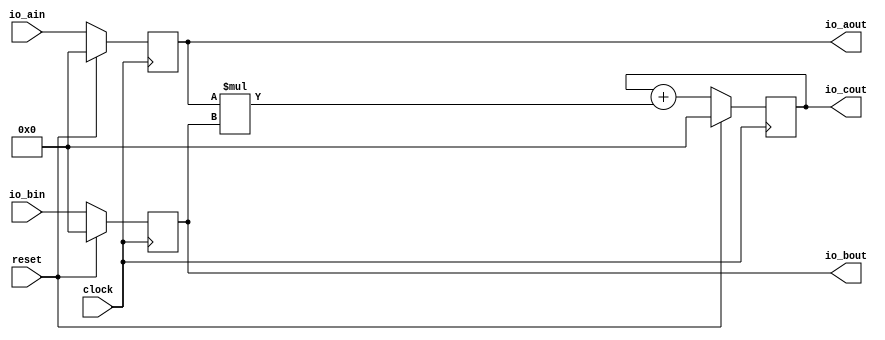
module SystolicArrayCore(
  input         clock,
  input         reset,
  input  [31:0] io_ain,
  input  [31:0] io_bin,
  output [31:0] io_aout,
  output [31:0] io_bout,
  output [31:0] io_cout
);
`ifdef RANDOMIZE_REG_INIT
  reg [31:0] _RAND_0;
  reg [31:0] _RAND_1;
  reg [31:0] _RAND_2;
`endif // RANDOMIZE_REG_INIT
  reg [31:0] regA; // @[systolic_array_core.scala 13:27]
  reg [31:0] regB; // @[systolic_array_core.scala 14:27]
  reg [31:0] regC; // @[systolic_array_core.scala 15:27]
  wire [63:0] _T = $signed(regA) * $signed(regB); // @[systolic_array_core.scala 21:30]
  wire [31:0] nodeAfterMul = _T[31:0]; // @[systolic_array_core.scala 20:32 systolic_array_core.scala 21:22]
  wire [31:0] nodeAfterPlus = $signed(regC) + $signed(nodeAfterMul); // @[systolic_array_core.scala 23:31]
  assign io_aout = regA; // @[systolic_array_core.scala 18:17]
  assign io_bout = regB; // @[systolic_array_core.scala 19:17]
  assign io_cout = regC; // @[systolic_array_core.scala 25:17]
`ifdef RANDOMIZE_GARBAGE_ASSIGN
`define RANDOMIZE
`endif
`ifdef RANDOMIZE_INVALID_ASSIGN
`define RANDOMIZE
`endif
`ifdef RANDOMIZE_REG_INIT
`define RANDOMIZE
`endif
`ifdef RANDOMIZE_MEM_INIT
`define RANDOMIZE
`endif
`ifndef RANDOM
`define RANDOM $random
`endif
`ifdef RANDOMIZE_MEM_INIT
  integer initvar;
`endif
`ifndef SYNTHESIS
`ifdef FIRRTL_BEFORE_INITIAL
`FIRRTL_BEFORE_INITIAL
`endif
initial begin
  `ifdef RANDOMIZE
    `ifdef INIT_RANDOM
      `INIT_RANDOM
    `endif
    `ifndef VERILATOR
      `ifdef RANDOMIZE_DELAY
        #`RANDOMIZE_DELAY begin end
      `else
        #0.002 begin end
      `endif
    `endif
`ifdef RANDOMIZE_REG_INIT
  _RAND_0 = {1{`RANDOM}};
  regA = _RAND_0[31:0];
  _RAND_1 = {1{`RANDOM}};
  regB = _RAND_1[31:0];
  _RAND_2 = {1{`RANDOM}};
  regC = _RAND_2[31:0];
`endif // RANDOMIZE_REG_INIT
  `endif // RANDOMIZE
end // initial
`ifdef FIRRTL_AFTER_INITIAL
`FIRRTL_AFTER_INITIAL
`endif
`endif // SYNTHESIS
  always @(posedge clock) begin
    if (reset) begin
      regA <= 32'sh0;
    end else begin
      regA <= io_ain;
    end
    if (reset) begin
      regB <= 32'sh0;
    end else begin
      regB <= io_bin;
    end
    if (reset) begin
      regC <= 32'sh0;
    end else begin
      regC <= nodeAfterPlus;
    end
  end
endmodule
module SystolicArray(
  input         clock,
  input         reset,
  input  [31:0] io_ain_0,
  input  [31:0] io_ain_1,
  input  [31:0] io_bin_0,
  input  [31:0] io_bin_1,
  input  [31:0] io_bin_2,
  output [31:0] io_cout_0_0,
  output [31:0] io_cout_0_1,
  output [31:0] io_cout_0_2,
  output [31:0] io_cout_1_0,
  output [31:0] io_cout_1_1,
  output [31:0] io_cout_1_2
);
  wire  SystolicArrayCore_clock; // @[systolic_array.scala 11:51]
  wire  SystolicArrayCore_reset; // @[systolic_array.scala 11:51]
  wire [31:0] SystolicArrayCore_io_ain; // @[systolic_array.scala 11:51]
  wire [31:0] SystolicArrayCore_io_bin; // @[systolic_array.scala 11:51]
  wire [31:0] SystolicArrayCore_io_aout; // @[systolic_array.scala 11:51]
  wire [31:0] SystolicArrayCore_io_bout; // @[systolic_array.scala 11:51]
  wire [31:0] SystolicArrayCore_io_cout; // @[systolic_array.scala 11:51]
  wire  SystolicArrayCore_1_clock; // @[systolic_array.scala 11:51]
  wire  SystolicArrayCore_1_reset; // @[systolic_array.scala 11:51]
  wire [31:0] SystolicArrayCore_1_io_ain; // @[systolic_array.scala 11:51]
  wire [31:0] SystolicArrayCore_1_io_bin; // @[systolic_array.scala 11:51]
  wire [31:0] SystolicArrayCore_1_io_aout; // @[systolic_array.scala 11:51]
  wire [31:0] SystolicArrayCore_1_io_bout; // @[systolic_array.scala 11:51]
  wire [31:0] SystolicArrayCore_1_io_cout; // @[systolic_array.scala 11:51]
  wire  SystolicArrayCore_2_clock; // @[systolic_array.scala 11:51]
  wire  SystolicArrayCore_2_reset; // @[systolic_array.scala 11:51]
  wire [31:0] SystolicArrayCore_2_io_ain; // @[systolic_array.scala 11:51]
  wire [31:0] SystolicArrayCore_2_io_bin; // @[systolic_array.scala 11:51]
  wire [31:0] SystolicArrayCore_2_io_aout; // @[systolic_array.scala 11:51]
  wire [31:0] SystolicArrayCore_2_io_bout; // @[systolic_array.scala 11:51]
  wire [31:0] SystolicArrayCore_2_io_cout; // @[systolic_array.scala 11:51]
  wire  SystolicArrayCore_3_clock; // @[systolic_array.scala 11:51]
  wire  SystolicArrayCore_3_reset; // @[systolic_array.scala 11:51]
  wire [31:0] SystolicArrayCore_3_io_ain; // @[systolic_array.scala 11:51]
  wire [31:0] SystolicArrayCore_3_io_bin; // @[systolic_array.scala 11:51]
  wire [31:0] SystolicArrayCore_3_io_aout; // @[systolic_array.scala 11:51]
  wire [31:0] SystolicArrayCore_3_io_bout; // @[systolic_array.scala 11:51]
  wire [31:0] SystolicArrayCore_3_io_cout; // @[systolic_array.scala 11:51]
  wire  SystolicArrayCore_4_clock; // @[systolic_array.scala 11:51]
  wire  SystolicArrayCore_4_reset; // @[systolic_array.scala 11:51]
  wire [31:0] SystolicArrayCore_4_io_ain; // @[systolic_array.scala 11:51]
  wire [31:0] SystolicArrayCore_4_io_bin; // @[systolic_array.scala 11:51]
  wire [31:0] SystolicArrayCore_4_io_aout; // @[systolic_array.scala 11:51]
  wire [31:0] SystolicArrayCore_4_io_bout; // @[systolic_array.scala 11:51]
  wire [31:0] SystolicArrayCore_4_io_cout; // @[systolic_array.scala 11:51]
  wire  SystolicArrayCore_5_clock; // @[systolic_array.scala 11:51]
  wire  SystolicArrayCore_5_reset; // @[systolic_array.scala 11:51]
  wire [31:0] SystolicArrayCore_5_io_ain; // @[systolic_array.scala 11:51]
  wire [31:0] SystolicArrayCore_5_io_bin; // @[systolic_array.scala 11:51]
  wire [31:0] SystolicArrayCore_5_io_aout; // @[systolic_array.scala 11:51]
  wire [31:0] SystolicArrayCore_5_io_bout; // @[systolic_array.scala 11:51]
  wire [31:0] SystolicArrayCore_5_io_cout; // @[systolic_array.scala 11:51]
  SystolicArrayCore SystolicArrayCore ( // @[systolic_array.scala 11:51]
    .clock(SystolicArrayCore_clock),
    .reset(SystolicArrayCore_reset),
    .io_ain(SystolicArrayCore_io_ain),
    .io_bin(SystolicArrayCore_io_bin),
    .io_aout(SystolicArrayCore_io_aout),
    .io_bout(SystolicArrayCore_io_bout),
    .io_cout(SystolicArrayCore_io_cout)
  );
  SystolicArrayCore SystolicArrayCore_1 ( // @[systolic_array.scala 11:51]
    .clock(SystolicArrayCore_1_clock),
    .reset(SystolicArrayCore_1_reset),
    .io_ain(SystolicArrayCore_1_io_ain),
    .io_bin(SystolicArrayCore_1_io_bin),
    .io_aout(SystolicArrayCore_1_io_aout),
    .io_bout(SystolicArrayCore_1_io_bout),
    .io_cout(SystolicArrayCore_1_io_cout)
  );
  SystolicArrayCore SystolicArrayCore_2 ( // @[systolic_array.scala 11:51]
    .clock(SystolicArrayCore_2_clock),
    .reset(SystolicArrayCore_2_reset),
    .io_ain(SystolicArrayCore_2_io_ain),
    .io_bin(SystolicArrayCore_2_io_bin),
    .io_aout(SystolicArrayCore_2_io_aout),
    .io_bout(SystolicArrayCore_2_io_bout),
    .io_cout(SystolicArrayCore_2_io_cout)
  );
  SystolicArrayCore SystolicArrayCore_3 ( // @[systolic_array.scala 11:51]
    .clock(SystolicArrayCore_3_clock),
    .reset(SystolicArrayCore_3_reset),
    .io_ain(SystolicArrayCore_3_io_ain),
    .io_bin(SystolicArrayCore_3_io_bin),
    .io_aout(SystolicArrayCore_3_io_aout),
    .io_bout(SystolicArrayCore_3_io_bout),
    .io_cout(SystolicArrayCore_3_io_cout)
  );
  SystolicArrayCore SystolicArrayCore_4 ( // @[systolic_array.scala 11:51]
    .clock(SystolicArrayCore_4_clock),
    .reset(SystolicArrayCore_4_reset),
    .io_ain(SystolicArrayCore_4_io_ain),
    .io_bin(SystolicArrayCore_4_io_bin),
    .io_aout(SystolicArrayCore_4_io_aout),
    .io_bout(SystolicArrayCore_4_io_bout),
    .io_cout(SystolicArrayCore_4_io_cout)
  );
  SystolicArrayCore SystolicArrayCore_5 ( // @[systolic_array.scala 11:51]
    .clock(SystolicArrayCore_5_clock),
    .reset(SystolicArrayCore_5_reset),
    .io_ain(SystolicArrayCore_5_io_ain),
    .io_bin(SystolicArrayCore_5_io_bin),
    .io_aout(SystolicArrayCore_5_io_aout),
    .io_bout(SystolicArrayCore_5_io_bout),
    .io_cout(SystolicArrayCore_5_io_cout)
  );
  assign io_cout_0_0 = SystolicArrayCore_io_cout; // @[systolic_array.scala 14:39]
  assign io_cout_0_1 = SystolicArrayCore_1_io_cout; // @[systolic_array.scala 14:39]
  assign io_cout_0_2 = SystolicArrayCore_2_io_cout; // @[systolic_array.scala 14:39]
  assign io_cout_1_0 = SystolicArrayCore_3_io_cout; // @[systolic_array.scala 14:39]
  assign io_cout_1_1 = SystolicArrayCore_4_io_cout; // @[systolic_array.scala 14:39]
  assign io_cout_1_2 = SystolicArrayCore_5_io_cout; // @[systolic_array.scala 14:39]
  assign SystolicArrayCore_clock = clock;
  assign SystolicArrayCore_reset = reset;
  assign SystolicArrayCore_io_ain = io_ain_0; // @[systolic_array.scala 11:28]
  assign SystolicArrayCore_io_bin = io_bin_0; // @[systolic_array.scala 11:28]
  assign SystolicArrayCore_1_clock = clock;
  assign SystolicArrayCore_1_reset = reset;
  assign SystolicArrayCore_1_io_ain = SystolicArrayCore_io_aout; // @[systolic_array.scala 11:28]
  assign SystolicArrayCore_1_io_bin = io_bin_1; // @[systolic_array.scala 11:28]
  assign SystolicArrayCore_2_clock = clock;
  assign SystolicArrayCore_2_reset = reset;
  assign SystolicArrayCore_2_io_ain = SystolicArrayCore_1_io_aout; // @[systolic_array.scala 11:28]
  assign SystolicArrayCore_2_io_bin = io_bin_2; // @[systolic_array.scala 11:28]
  assign SystolicArrayCore_3_clock = clock;
  assign SystolicArrayCore_3_reset = reset;
  assign SystolicArrayCore_3_io_ain = io_ain_1; // @[systolic_array.scala 11:28]
  assign SystolicArrayCore_3_io_bin = SystolicArrayCore_io_bout; // @[systolic_array.scala 11:28]
  assign SystolicArrayCore_4_clock = clock;
  assign SystolicArrayCore_4_reset = reset;
  assign SystolicArrayCore_4_io_ain = SystolicArrayCore_3_io_aout; // @[systolic_array.scala 11:28]
  assign SystolicArrayCore_4_io_bin = SystolicArrayCore_1_io_bout; // @[systolic_array.scala 11:28]
  assign SystolicArrayCore_5_clock = clock;
  assign SystolicArrayCore_5_reset = reset;
  assign SystolicArrayCore_5_io_ain = SystolicArrayCore_4_io_aout; // @[systolic_array.scala 11:28]
  assign SystolicArrayCore_5_io_bin = SystolicArrayCore_2_io_bout; // @[systolic_array.scala 11:28]
endmodule